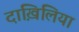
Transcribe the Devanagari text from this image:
दाख़िलिया